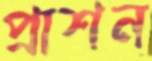
প্রাশন